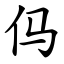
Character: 㐷